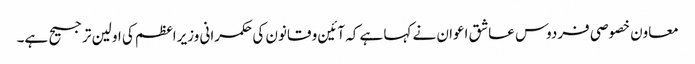
معاون خصوصی فردوس عاشق اعوان نے کہا ہے کہ آئین و قانون کی حکمرانی وزیراعظم کی اولین ترجیح ہے۔